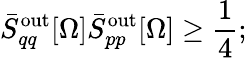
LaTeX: \bar{S}_{qq}^{\mathrm{out}}[\Omega]\bar{S}_{pp}^{\mathrm{out}}[\Omega]\geq\frac{1}{4};